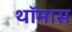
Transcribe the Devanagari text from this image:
थॉमास